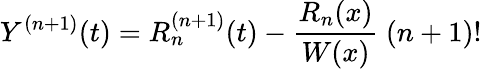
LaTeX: Y^{(n+1)}(t)=R_{n}^{(n+1)}(t)-{\frac{R_{n}(x)}{W(x)}}\ (n+1)!